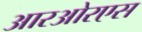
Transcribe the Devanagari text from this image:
आरओरएस